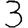
Digit: 3